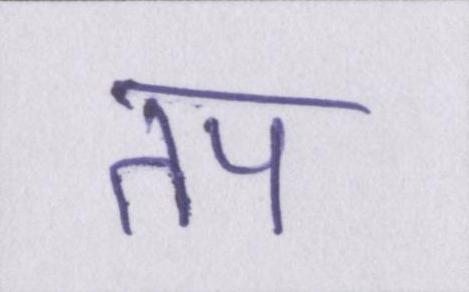
तप